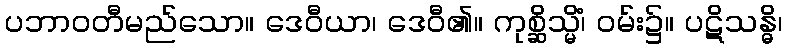
ပဘာဝတီမည်သော။ ဒေဝီယာ၊ ဒေဝီ၏။ ကုစ္ဆိသ္မိံ၊ ဝမ်း၌။ ပဋိသန္ဓိ၊